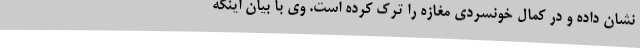
نشان داده و در کمال خونسردی مغازه را ترک کرده است. وی با بیان اینکه